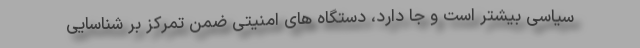
سیاسی بیشتر است و جا دارد، دستگاه های امنیتی ضمن تمرکز بر شناسایی